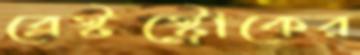
ব্রেস্টস্ট্রোকের